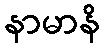
နာမာနိ